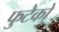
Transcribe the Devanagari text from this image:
फुटेको